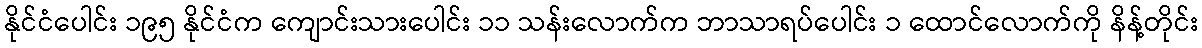
နိုင်ငံပေါင်း ၁၉၅ နိုင်ငံက ကျောင်းသားပေါင်း ၁၁ သန်းလောက်က ဘာသာရပ်ပေါင်း ၁ ထောင်လောက်ကို နိန့်တိုင်း